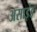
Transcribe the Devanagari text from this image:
असाइंड